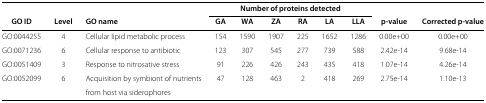
|  |  |  | <COLSPAN=6> Number of proteins detected |  |  |
 | GO ID | Level | GO name | GA | WA | ZA | RA | LA | LLA | p-value | Corrected p-value |
 | --- | --- | --- | --- | --- | --- | --- | --- | --- | --- | --- |
 | GO:0044255 | 4 | Cellular lipid metabolicprocess | 154 | 1590 | 1907 | 225 | 1652 | 1286 | 0.00e+00 | 0.00e+00 |
 | GO:0071236 | 6 | Cellular response toantibiotic | 123 | 307 | 545 | 277 | 739 | 588 | 2.42e-14 | 9.68e-14 |
 | GO:0051409 | 3 | Response to nitrosativestress | 91 | 226 | 426 | 243 | 435 | 418 | 1.07e-14 | 4.26e-14 |
 | GO:0052099 | 6 | Acquisition by symbiont ofnutrients | 47 | 128 | 463 | 2 | 418 | 269 | 2.75e-14 | 1.10e-13 |
 |  |  | from host via siderophores |  |  |  |  |  |  |  |  |